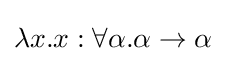
\lambda x.x:\forall \alpha .\alpha \to \alpha